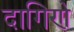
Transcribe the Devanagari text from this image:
दागिणे